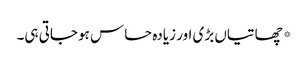
*چھاتیاں بڑی اور زیادہ حساس ہو جاتی ہی۔